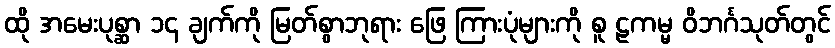
ထို အမေးပုစ္ဆာ ၁၄ ချက်ကို မြတ်စွာဘုရား ဖြေ ကြားပုံများကို စူ ဠကမ္မ ဝိဘင်္ဂသုတ်တွင်